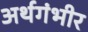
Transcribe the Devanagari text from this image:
अर्थगंभीर